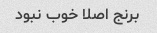
برنج اصلا خوب نبود